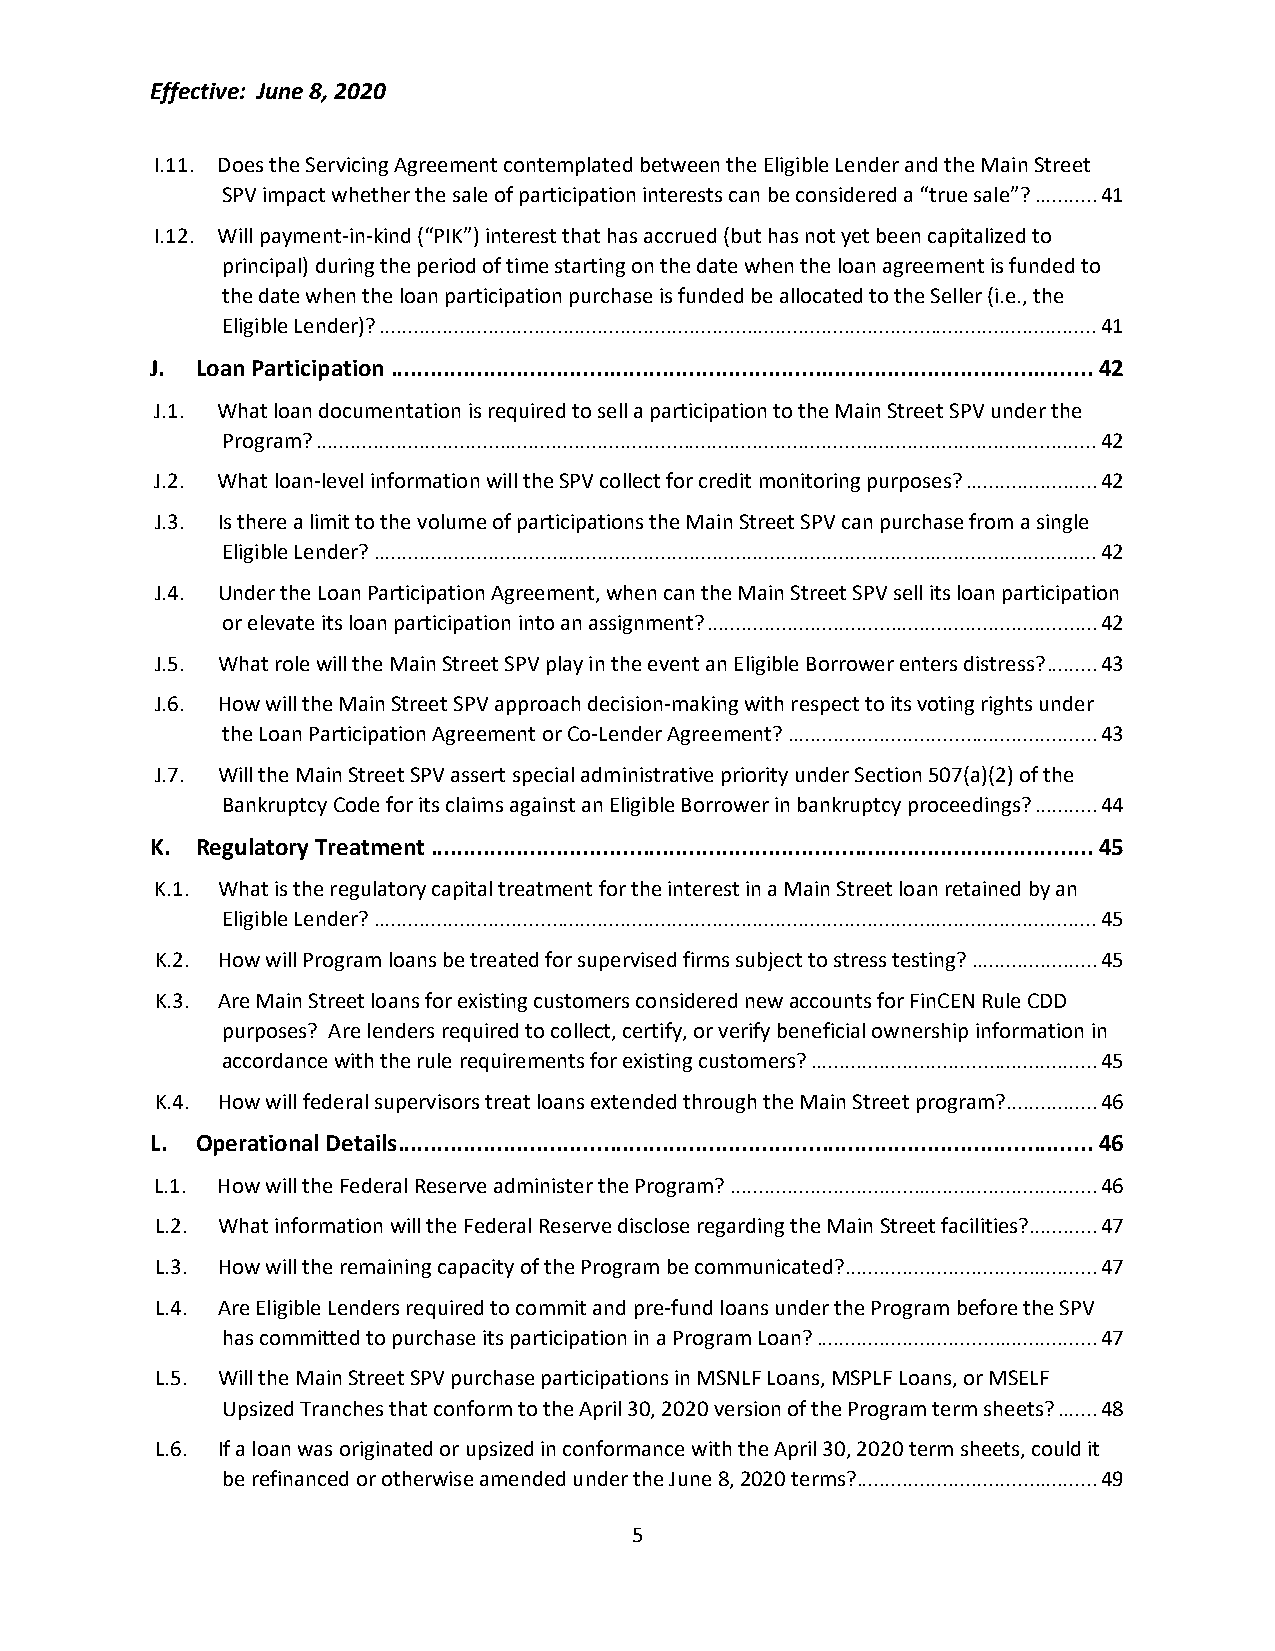
Effective: June 8, 2020
 I.11. Does the Servicing Agreement contemplated between the Eligible Lender and the Main Street
 SPV impact whether the sale of participation interests can be considered a “true sale”? ........... 41
 I.12. Will payment-in-kind (“PIK”) interest that has accrued (but has not yet been capitalized to
 principal) during the period of time starting on the date when the loan agreement is funded to
 the date when the loan participation purchase is funded be allocated to the Seller (i.e., the
 Eligible Lender)? ............................................................................................................................. 41
 J. Loan Participation .......................................................................................................... 42
 J.1. What loan documentation is required to sell a participation to the Main Street SPV under the
 Program? ........................................................................................................................................ 42
 J.2. What loan-level information will the SPV collect for credit monitoring purposes? ....................... 42
 J.3. Is there a limit to the volume of participations the Main Street SPV can purchase from a single
 Eligible Lender? .............................................................................................................................. 42
 J.4. Under the Loan Participation Agreement, when can the Main Street SPV sell its loan participation
 or elevate its loan participation into an assignment? .................................................................... 42
 J.5. What role will the Main Street SPV play in the event an Eligible Borrower enters distress? ......... 43
 J.6. How will the Main Street SPV approach decision-making with respect to its voting rights under
 the Loan Participation Agreement or Co-Lender Agreement? ...................................................... 43
 J.7. Will the Main Street SPV assert special administrative priority under Section 507(a)(2) of the
 Bankruptcy Code for its claims against an Eligible Borrower in bankruptcy proceedings? ........... 44
 K. Regulatory Treatment .................................................................................................... 45
 K.1. What is the regulatory capital treatment for the interest in a Main Street loan retained by an
 Eligible Lender? .............................................................................................................................. 45
 K.2. How will Program loans be treated for supervised firms subject to stress testing? ...................... 45
 K.3. Are Main Street loans for existing customers considered new accounts for FinCEN Rule CDD
 purposes? Are lenders required to collect, certify, or verify beneficial ownership information in
 accordance with the rule requirements for existing customers? .................................................. 45
 K.4. How will federal supervisors treat loans extended through the Main Street program? ................ 46
 L. Operational Details ......................................................................................................... 46
 L.1. How will the Federal Reserve administer the Program? ................................................................ 46
 L.2. What information will the Federal Reserve disclose regarding the Main Street facilities? ............ 47
 L.3. How will the remaining capacity of the Program be communicated? ............................................ 47
 L.4. Are Eligible Lenders required to commit and pre-fund loans under the Program before the SPV
 has committed to purchase its participation in a Program Loan? ................................................. 47
 L.5. Will the Main Street SPV purchase participations in MSNLF Loans, MSPLF Loans, or MSELF
 Upsized Tranches that conform to the April 30, 2020 version of the Program term sheets? ....... 48
 L.6. If a loan was originated or upsized in conformance with the April 30, 2020 term sheets, could it
 be refinanced or otherwise amended under the June 8, 2020 terms?.......................................... 49
 5